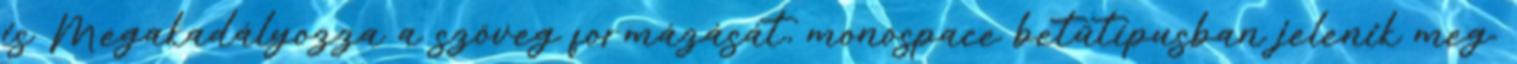
is Megakadályozza a szöveg formázását, monospace betűtípusban jelenik meg.